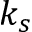
k _ { s }